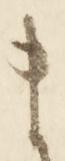
ま